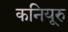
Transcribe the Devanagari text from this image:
कनियूरु